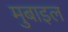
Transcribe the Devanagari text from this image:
मुबाइल